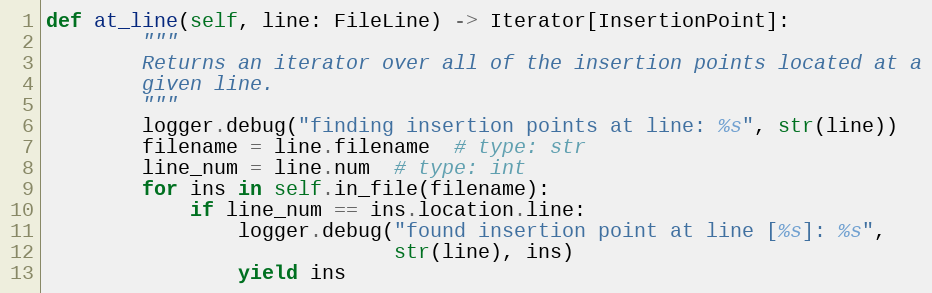
Language: Python
def at_line(self, line: FileLine) -> Iterator[InsertionPoint]:
        """
        Returns an iterator over all of the insertion points located at a
        given line.
        """
        logger.debug("finding insertion points at line: %s", str(line))
        filename = line.filename  # type: str
        line_num = line.num  # type: int
        for ins in self.in_file(filename):
            if line_num == ins.location.line:
                logger.debug("found insertion point at line [%s]: %s",
                             str(line), ins)
                yield ins